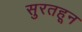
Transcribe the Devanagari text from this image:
सुरतहून